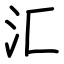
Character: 汇